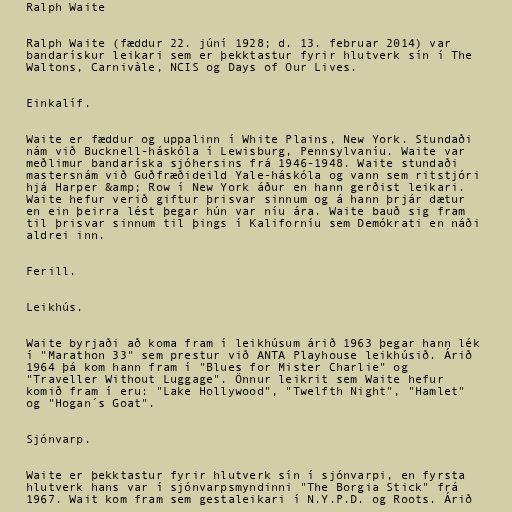
Ralph Waite

Ralph Waite (fæddur 22. júní 1928; d. 13. februar 2014) var
bandarískur leikari sem er þekktastur fyrir hlutverk sín í The
Waltons, Carnivàle, NCIS og Days of Our Lives.

Einkalíf.

Waite er fæddur og uppalinn í White Plains, New York. Stundaði
nám við Bucknell-háskóla í Lewisburg, Pennsylvaníu. Waite var
meðlimur bandaríska sjóhersins frá 1946-1948. Waite stundaði
mastersnám við Guðfræðideild Yale-háskóla og vann sem ritstjóri
hjá Harper &amp; Row í New York áður en hann gerðist leikari.
Waite hefur verið giftur þrisvar sinnum og á hann þrjár dætur
en ein þeirra lést þegar hún var níu ára. Waite bauð sig fram
til þrisvar sinnum til þings í Kaliforníu sem Demókrati en náði
aldrei inn.

Ferill.

Leikhús.

Waite byrjaði að koma fram í leikhúsum árið 1963 þegar hann lék
í "Marathon 33" sem prestur við ANTA Playhouse leikhúsið. Árið
1964 þá kom hann fram í "Blues for Mister Charlie" og
"Traveller Without Luggage". Önnur leikrit sem Waite hefur
komið fram í eru: "Lake Hollywood", "Twelfth Night", "Hamlet"
og "Hogan´s Goat".

Sjónvarp.

Waite er þekktastur fyrir hlutverk sín í sjónvarpi, en fyrsta
hlutverk hans var í sjónvarpsmyndinni "The Borgia Stick" frá
1967. Wait kom fram sem gestaleikari í N.Y.P.D. og Roots. Árið